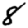
Digit: 8